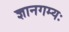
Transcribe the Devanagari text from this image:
ज्ञानगम्यः